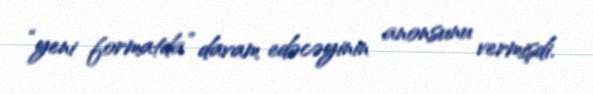
“yeni formatda” davam edəcəyinin anonsunu vermişdi.